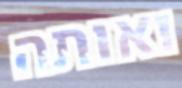
ואותה